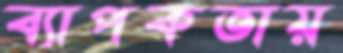
ব্যাপকতায়